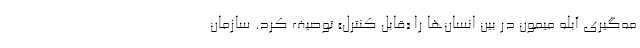
مه‌گیری آبله میمون در بین انسان‌ها را «قابل کنترل» توصیف کرد. سازمان